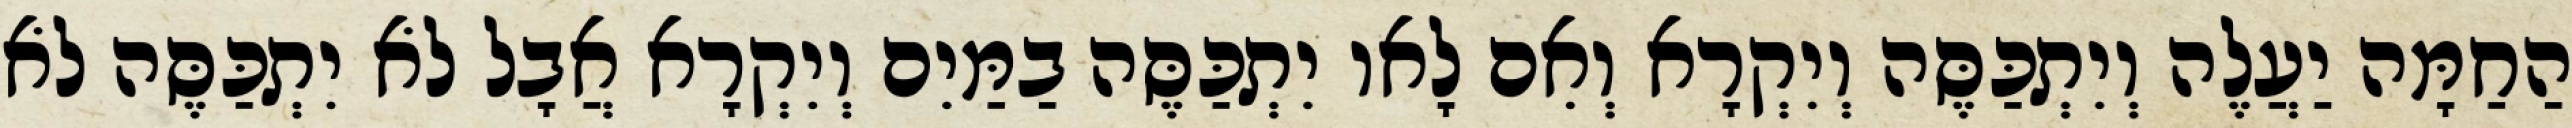
הַחַמָּה יַעֲלֶה וְיִתְכַּסֶּה וְיִקְרָא וְאִם לָאו יִתְכַּסֶּה בַמַּיִם וְיִקְרָא אֲבָל לֹא יִתְכַּסֶּה לֹא